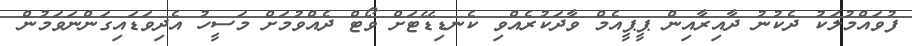
ފުވައްމުލަކު ދެކުނު ދާއިރާއިން ޕީޕީއެމް ވާދަކުރެއްވި ކެނޑިޑޭޓަށް ވޯޓް ދެއްވުމަށް މަސީހު އެދިވަޑައިގަންނަވަމުން